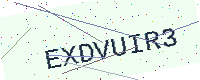
Text: EXDVUIR3